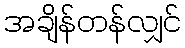
အချိန်တန်လျှင်